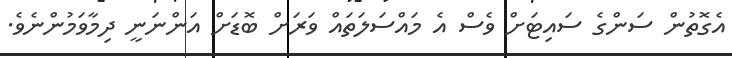
އެގޮތުން ސަންގެ ސައިޓަށް ވެސް އެ މައްސަލަތައް ވަރަށް ބޮޑަށް އަންނަނީ ދިމާވަމުންނެވެ.